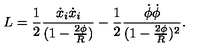
L = { \frac { 1 } { 2 } } { \frac { \dot { x } _ { i } \dot { x } _ { i } } { ( 1 - { \frac { 2 \phi } { R } } ) } } - { \frac { 1 } { 2 } } { \frac { \dot { \phi } \dot { \phi } } { ( 1 - { \frac { 2 \phi } { R } } ) ^ { 2 } } } .